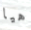
هيا